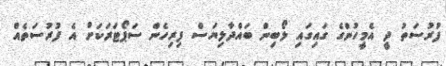
ފުރުސަތު ދީ އެމީހުންގެ ގައިގައި ލޯބިން ބައްދާލިޔަސް ފިރިހެން ސަޕޯޓަރަކަށް އެ ފުރުސަތެއް